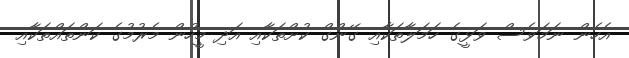
އެހެން ނަމަވެސް ވަޅީގެ ހަމަލާތަކާއި ގޭންގް ކުށްތަކާއި އަދި މީހުން މެރުމުގެ ކަންތައްތަކާއި